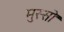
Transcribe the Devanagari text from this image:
मुस्सो